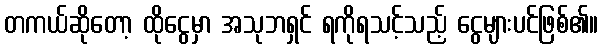
တကယ်ဆိုတော့ ထိုငွေမှာ အသုဘရှင် ရကိုရသင့်သည့် ငွေများပင်ဖြစ်၏။